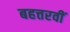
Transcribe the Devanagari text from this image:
बहत्तरवीं